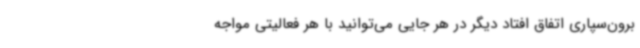
برون‌سپاری اتفاق افتاد دیگر در هر جایی می‌توانید با هر فعالیتی مواجه